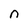
Character: n